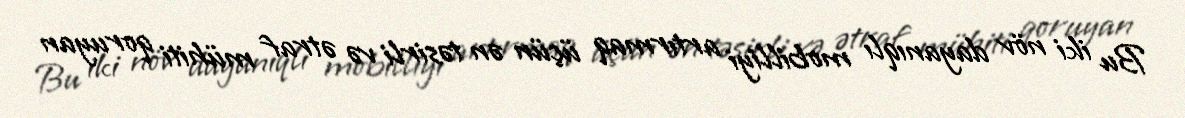
Bu iki növ dayanıqlı mobilliyi artırmaq üçün ən təsirli və ətraf mühiti qoruyan